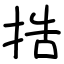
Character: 捁